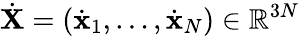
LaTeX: {\dot{\mathbf X}}=({\dot{\mathbf x}}_{1},\dots,{\dot{\mathbf x}}_{N})\in{\mathbb R}^{3N}